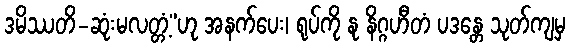
ဒမိဿတိ-ဆုံးမလတ္တံ့”ဟု အနက်ပေး၊ ရုပ်ကို နု နိဂ္ဂဟီတံ ပဒန္တေ သုတ်ကျမှ